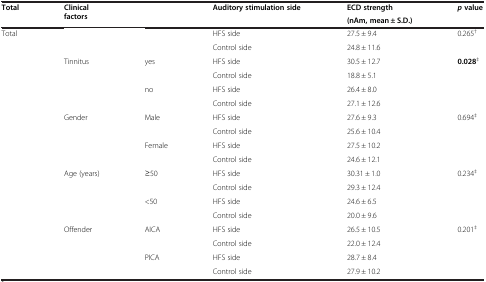
<table><thead><tr><td><b>Total</b></td><td><b>Clinical factors</b></td><td><b> </b></td><td><b>Auditory stimulation side</b></td><td><b>ECD strength</b></td><td><b><i>p </i>value</b></td></tr><tr><td><b> </b></td><td><b> </b></td><td><b> </b></td><td><b> </b></td><td><b>(nAm, mean ± S.D.)</b></td><td><b> </b></td></tr></thead><tbody><tr><td>Total</td><td> </td><td> </td><td>HFS side</td><td>27.5 ± 9.4</td><td>0.265<sup>†</sup></td></tr><tr><td> </td><td> </td><td> </td><td>Control side</td><td>24.8 ± 11.6</td><td> </td></tr><tr><td> </td><td>Tinnitus</td><td>yes</td><td>HFS side</td><td>30.5 ± 12.7</td><td><b>0.028</b><sup>‡</sup></td></tr><tr><td> </td><td> </td><td> </td><td>Control side</td><td>18.8 ± 5.1</td><td> </td></tr><tr><td> </td><td> </td><td>no</td><td>HFS side</td><td>26.4 ± 8.0</td><td> </td></tr><tr><td> </td><td> </td><td> </td><td>Control side</td><td>27.1 ± 12.6</td><td> </td></tr><tr><td> </td><td>Gender</td><td>Male</td><td>HFS side</td><td>27.6 ± 9.3</td><td>0.694<sup>‡</sup></td></tr><tr><td> </td><td> </td><td> </td><td>Control side</td><td>25.6 ± 10.4</td><td> </td></tr><tr><td> </td><td> </td><td>Female</td><td>HFS side</td><td>27.5 ± 10.2</td><td> </td></tr><tr><td> </td><td> </td><td> </td><td>Control side</td><td>24.6 ± 12.1</td><td> </td></tr><tr><td> </td><td>Age (years)</td><td>≥50</td><td>HFS side</td><td>30.31 ± 1.0</td><td>0.234<sup>‡</sup></td></tr><tr><td> </td><td> </td><td> </td><td>Control side</td><td>29.3 ± 12.4</td><td> </td></tr><tr><td> </td><td> </td><td>&lt;50</td><td>HFS side</td><td>24.6 ± 6.5</td><td> </td></tr><tr><td> </td><td> </td><td> </td><td>Control side</td><td>20.0 ± 9.6</td><td> </td></tr><tr><td> </td><td>Offender</td><td>AICA</td><td>HFS side</td><td>26.5 ± 10.5</td><td>0.201<sup>‡</sup></td></tr><tr><td> </td><td> </td><td> </td><td>Control side</td><td>22.0 ± 12.4</td><td> </td></tr><tr><td> </td><td> </td><td>PICA</td><td>HFS side</td><td>28.7 ± 8.4</td><td> </td></tr><tr><td> </td><td> </td><td> </td><td>Control side</td><td>27.9 ± 10.2</td><td> </td></tr></tbody></table>